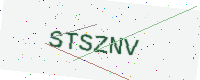
Text: STSZNV